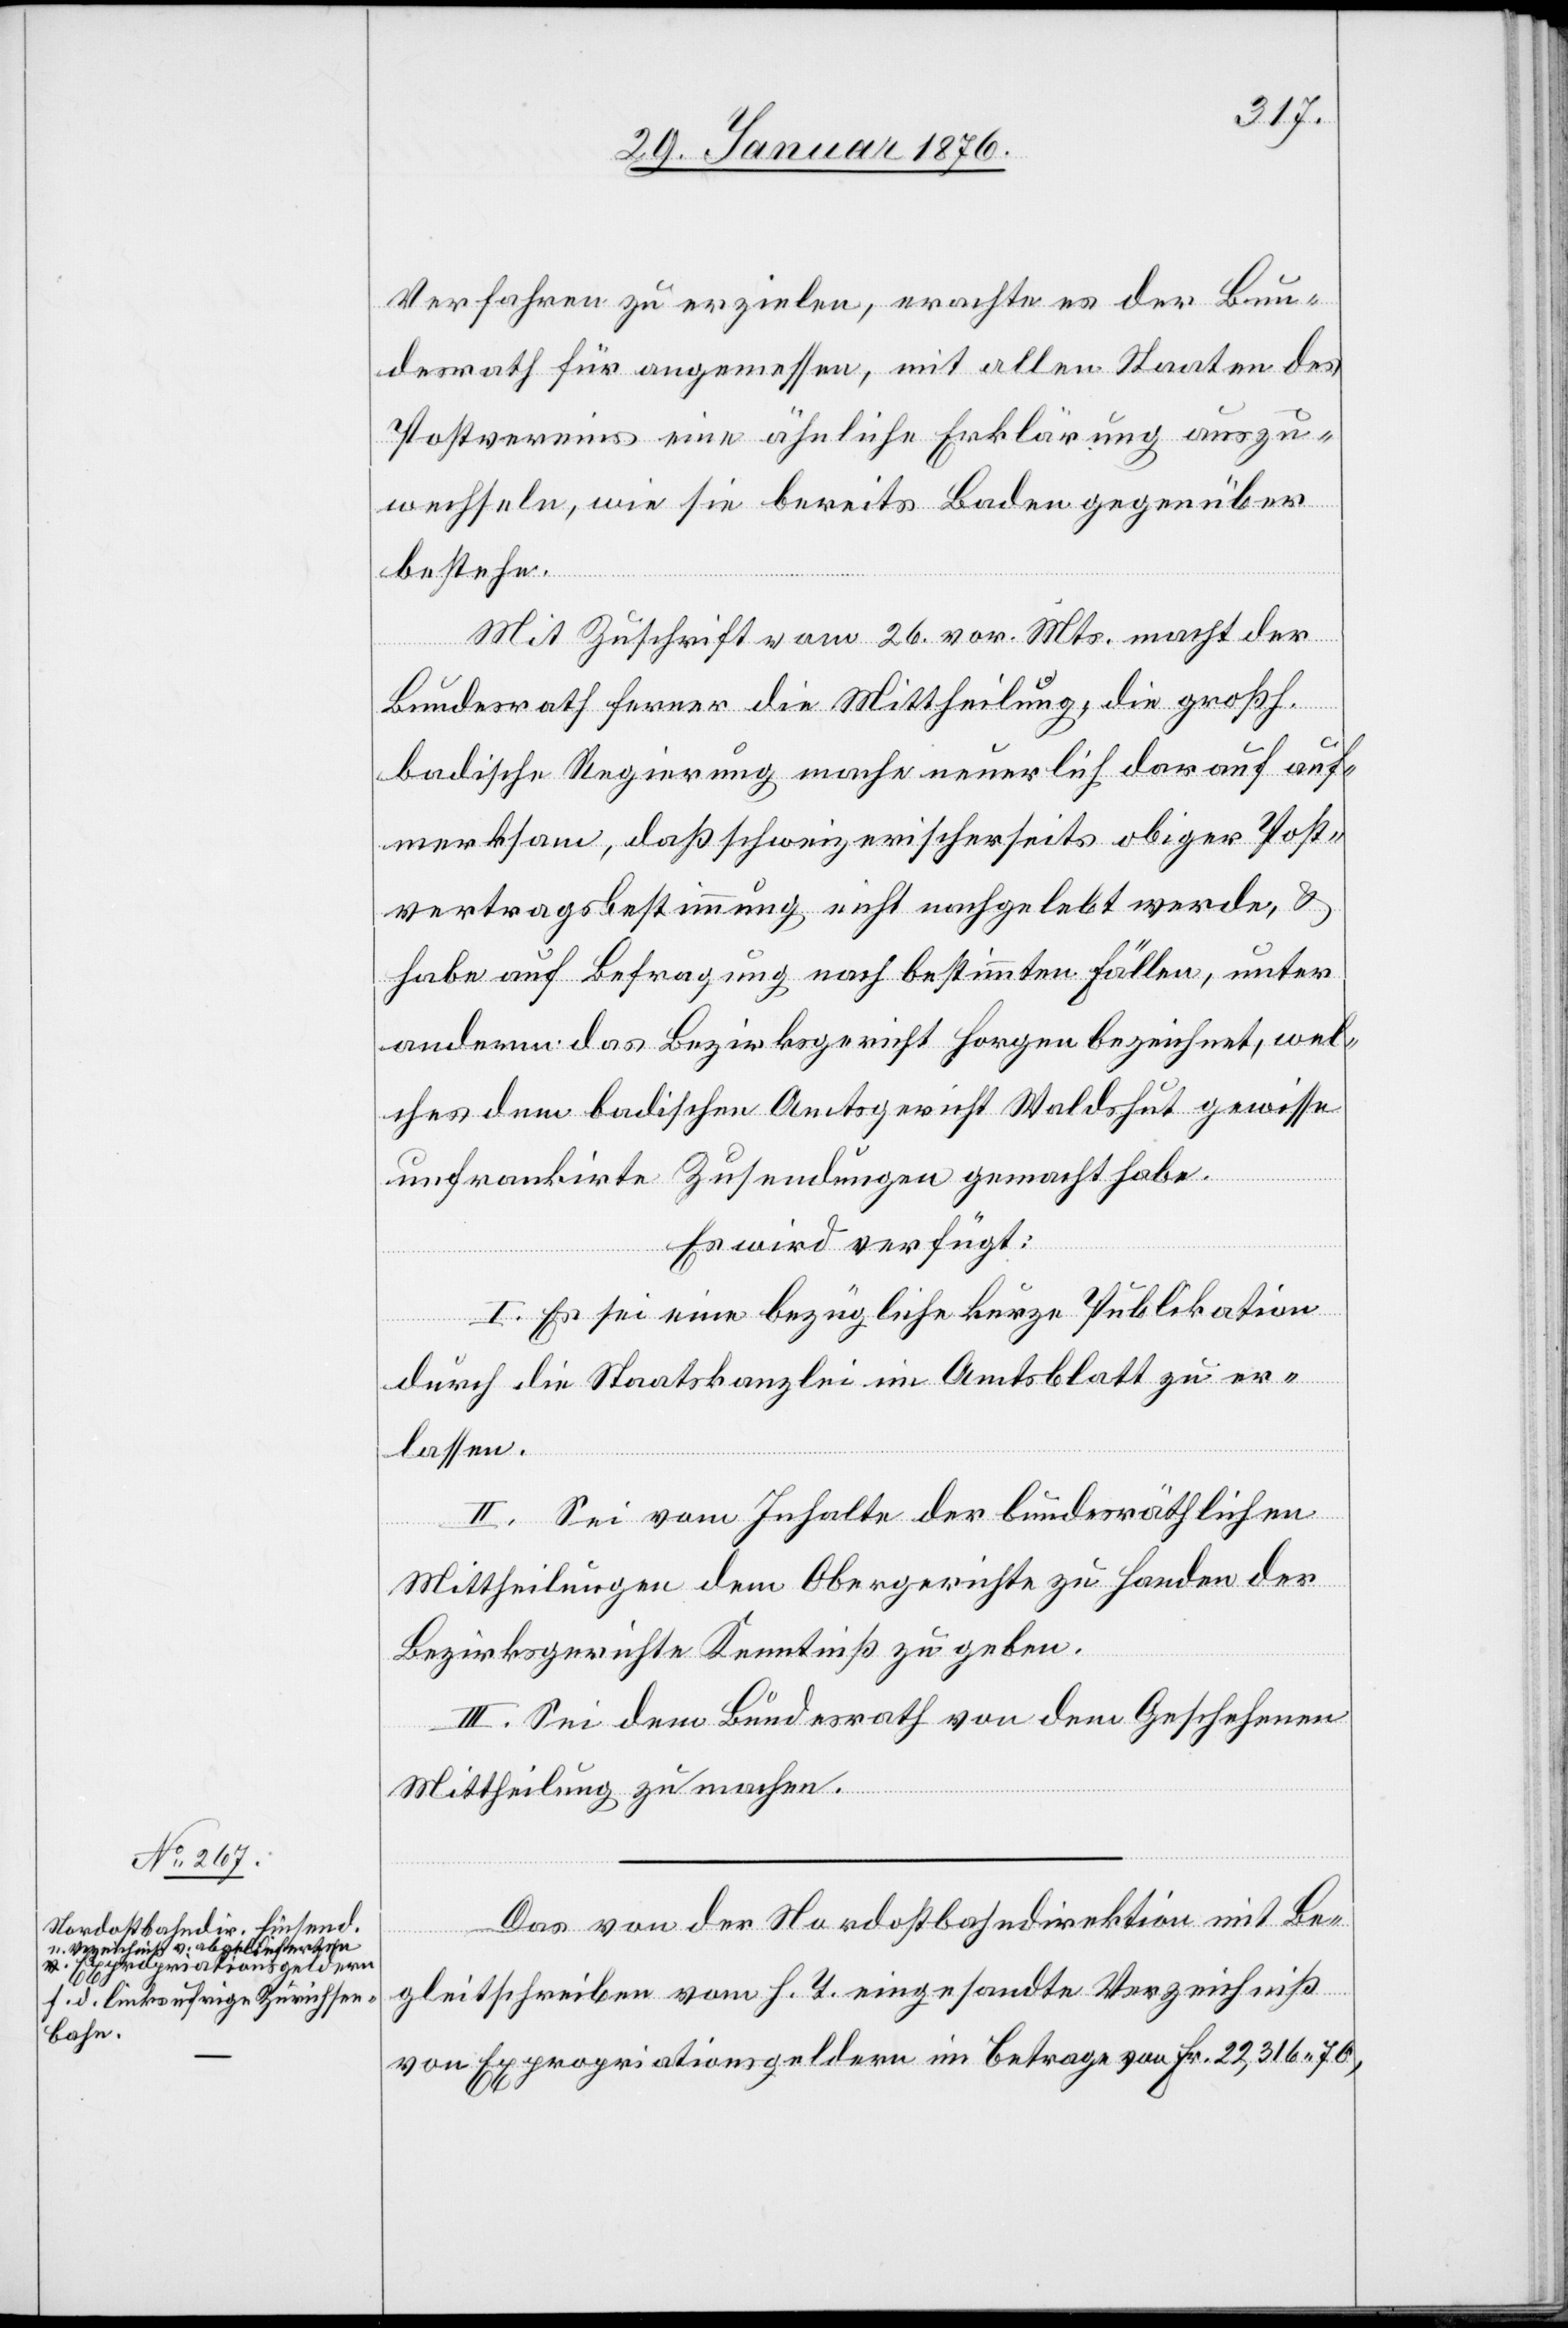
2.

Verfahren zu erzielen, erachte es der Bun¬
desrath für angemessen, mit allen Staaten des
Postvereins eine ähnliche Erklärung auszu¬
wechseln, wie sie bereits Baden gegenüber
bestehe.
Mit Zuschrift vom 26. vor. Mts. macht der
Bundesrath ferner die Mittheilung, die großh.
badische Regierung mache neuerlich darauf auf¬
merksam, daß schweizerischerseits obige Post¬
vertragsbestimmung nicht nachgelebt werde, &
habe auf Befragung nach bestimmten Fällen, unter
anderem das Bezirksgericht Horgen bezeichnet, wel¬
ches dem badischen Amtsgericht Waldshut gewisse
unfrankierte Zusendungen gemacht habe.
Es wird verfügt:
I. Es sei nun eine bezügliche kurze Publikation
durch die Staatskanzlei im Amtsblatt zu er¬
lassen.
II. Sei vom Inhalte der bundesräthlichen
Mittheilungen dem Obergerichte zu Handen der
Bezirksgerichte Kenntnis zu geben.
III. Sei dem Bundesrath von dem Geschehenen
Mittheilung zu machen.
Das von der Nordostbahndirektion mit Be¬
gleitschreiben vom h. T. eingesandte Verzeichniß
von Expropriationsgeldern im Betrage von Frk. 22,316 10,